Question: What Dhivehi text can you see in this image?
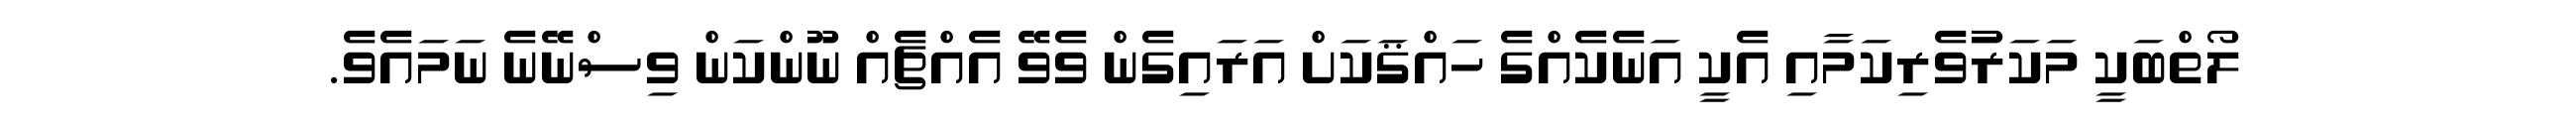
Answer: ލޯތްބަކީ މަކަރުވެރިކަމާއި އެކީ އަނެކެއްގެ ހައްޤަކަށް އަރައިގެން ވެވޭ އެއްޗެއް ނޫންކަން ވިސްނޭނެ ނަމައެވެ.